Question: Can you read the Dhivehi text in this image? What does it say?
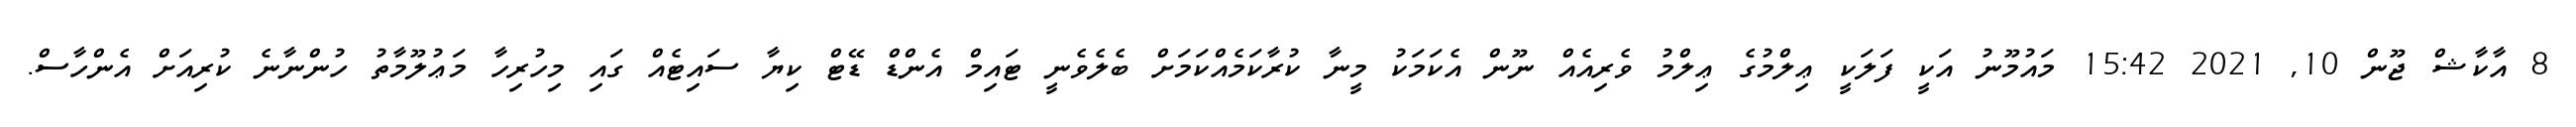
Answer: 8 އާކާޝް ޖޫން 10, 2021 15:42 މައުމޫނު އަކީ ފަލަކީ ޢިލްމުގެ ޢިލްމު ވެރިއެއް ނޫން އެކަމަކު މީނާ ކުރާކަމެއްކަމަށް ބެލެވެނީ ޓައިމް އެންޑް ޑޭޓް ކިޔާ ސައިޓެއް ގައި މިހުރިހާ މަޢުލޫމާތު ހުންނާނެ ކުރިއަށް އެންހާސް.